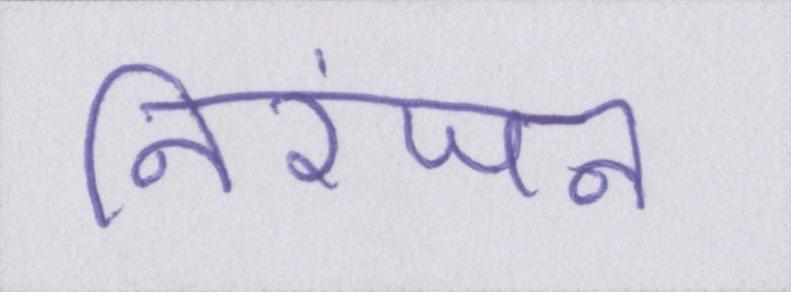
निरंजन